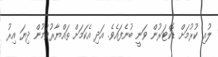
ލުއި ކުރުމަށް ޑޮކްޓަރުން ވަނީ ބުނެފައެވެ. އަދި އެކަމަށް ތައްޔާރުވަމުން ދިޔަ އިރު